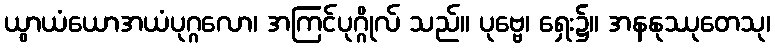
ယွာယံယောအယံပုဂ္ဂလော၊ အကြင်ပုဂ္ဂိုလ် သည်။ ပုဗ္ဗေ၊ ရှေး၌။ အနနုဿုတေသု၊